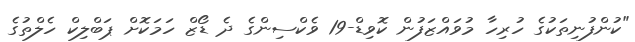
"ކުންފުނިތަކުގެ ހުރިހާ މުވައްޒަފުން ކޮވިޑް-19 ވެކްސިންގެ ދެ ޑޯޒް ހަމަކޮށް ޕަބްލިކް ހެލްތުގެ